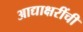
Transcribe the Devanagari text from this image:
आद्याक्षरींची